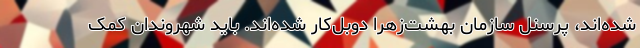
شده‌اند، پرسنل سازمان بهشت‌زهرا دوبل‌کار شده‌اند. باید شهروندان کمک